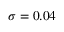
\sigma = 0 . 0 4